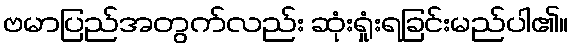
ဗမာပြည်အတွက်လည်း ဆုံးရှုံးရခြင်းမည်ပါ၏။